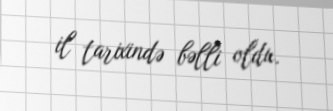
il tarixində bəlli oldu.